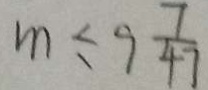
m \leq 9 \frac { 7 } { 4 7 }